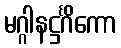
မဂ္ဂါနဋ္ဌင်္ဂိကော